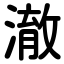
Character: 澈